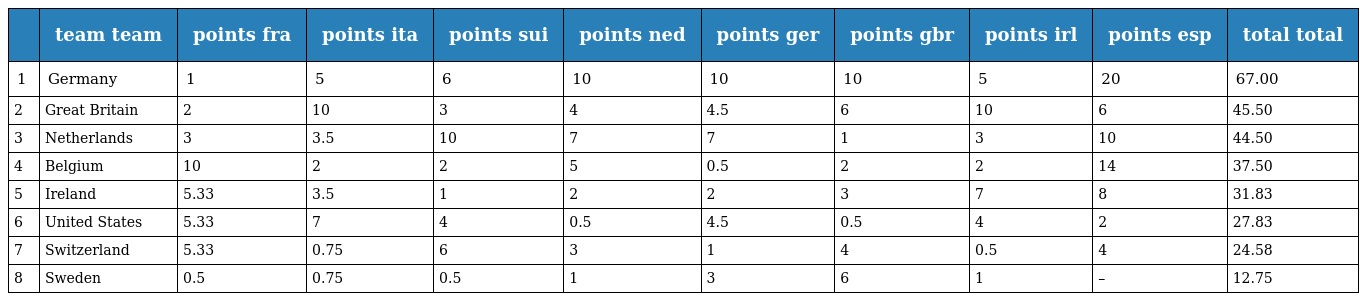
|  | team team | points fra | points ita | points sui | points ned | points ger | points gbr | points irl | points esp | total total |
 | --- | --- | --- | --- | --- | --- | --- | --- | --- | --- | --- |
 | 1 | Germany | 1 | 5 | 6 | 10 | 10 | 10 | 5 | 20 | 67.00 |
 | 2 | Great Britain | 2 | 10 | 3 | 4 | 4.5 | 6 | 10 | 6 | 45.50 |
 | 3 | Netherlands | 3 | 3.5 | 10 | 7 | 7 | 1 | 3 | 10 | 44.50 |
 | 4 | Belgium | 10 | 2 | 2 | 5 | 0.5 | 2 | 2 | 14 | 37.50 |
 | 5 | Ireland | 5.33 | 3.5 | 1 | 2 | 2 | 3 | 7 | 8 | 31.83 |
 | 6 | United States | 5.33 | 7 | 4 | 0.5 | 4.5 | 0.5 | 4 | 2 | 27.83 |
 | 7 | Switzerland | 5.33 | 0.75 | 6 | 3 | 1 | 4 | 0.5 | 4 | 24.58 |
 | 8 | Sweden | 0.5 | 0.75 | 0.5 | 1 | 3 | 6 | 1 | – | 12.75 |